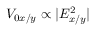
V _ { 0 x / y } \propto | E _ { x / y } ^ { 2 } |